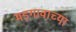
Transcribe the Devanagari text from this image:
मडगावाच्या